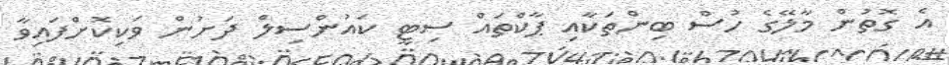
އެ ގޮތުން މާލޭގެ ހުސް ބިންތަކާއި ޕާކްތައް ސިޓީ ކައުންސިލް ދަށުން ވަކިކޮށްފައިވާ